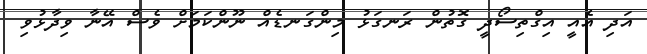
އަދި އެއީ އިގްތިސޯދީ ގޮތުން ރަނގަޅު މިންގަނޑެއް ނޫންކަމަށް ވެސް އޭނާ ވިދާޅުވި